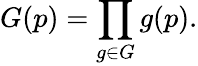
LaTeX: G(p)=\prod_{g\in G}g(p).